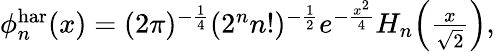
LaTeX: \begin{array}{r}{\phi_{n}^{\mathrm{har}}(x)=(2\pi)^{-\frac{1}{4}}(2^{n}n!)^{-\frac{1}{2}}e^{-\frac{x^{2}}{4}}H_{n}\Big(\frac{x}{\sqrt{2}}\Big),}\end{array}